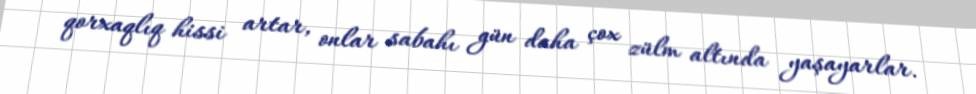
qorxaqlıq hissi artar, onlar sabahı gün daha çox zülm altında yaşayarlar.